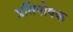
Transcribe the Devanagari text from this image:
प्रतिपोषक